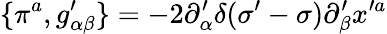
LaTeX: \{ \pi^{a},g_{\alpha\beta}^{\prime}\} =-2\partial_{\alpha}^{\prime}\delta(\sigma^{\prime}-\sigma)\partial_{\beta}^{\prime}x^{\prime a}